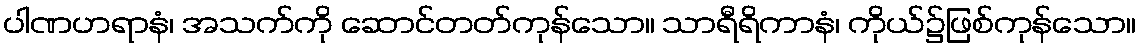
ပါဏဟရာနံ၊ အသက်ကို ဆောင်တတ်ကုန်သော။ သာရီရိကာနံ၊ ကိုယ်၌ဖြစ်ကုန်သော။